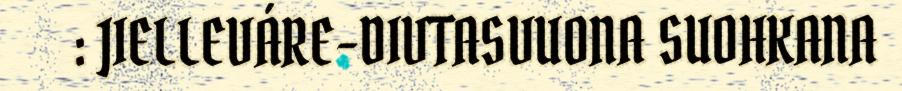
: JIELLEVÁRE-DIVTASVUONA SUOHKANA